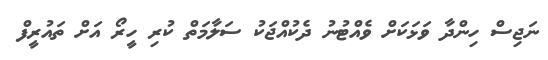
ނަޖިސް ހިންދާ ވަޅަކަށް ވެއްޓުނު ދެކުއްޖަކު ސަލާމަތް ކުރި ހީރޯ އަށް ތައުރީފް